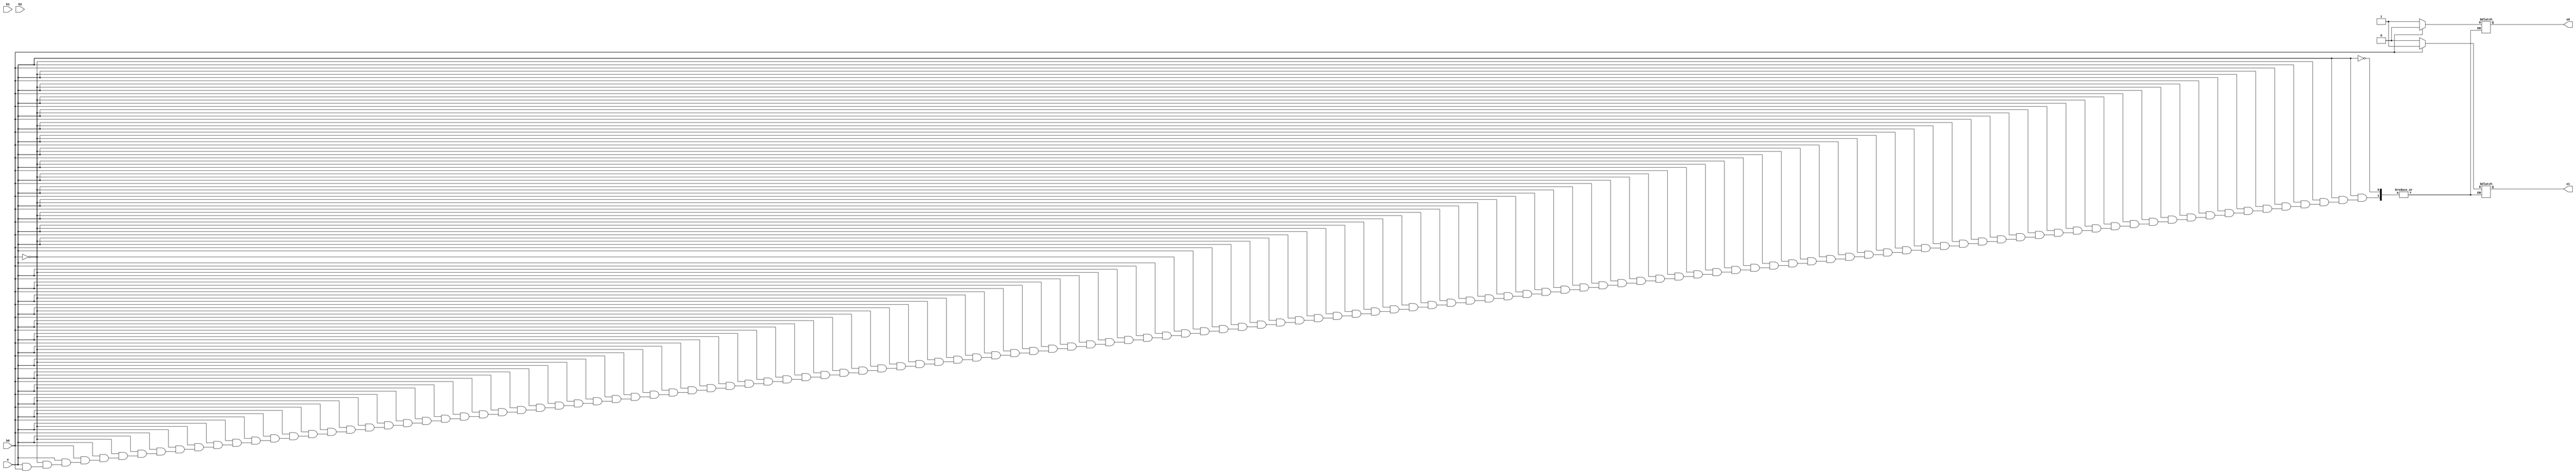
/*Aluno: Lucas Gomes dos Santos
  Turma 32
*/

module circuito(
    output reg x0,
    output reg x1,
    input b0,
    input [4:0] b1,
    input b2,
    input e
);
integer i;
always @ (*) begin
    if(e == 1)begin
        for(i = 0; i < 31; i = i + 1)begin
            if(b0 == 0)begin
                x1 = 0;
                x0 = 1;
                end
            if(b0 == 1)begin
                x1 = 1;
                x0 = 0;
                end
            end
    end
end
endmodule

module teste;
    wire x0;
    wire x1;
    reg b0 = 1;
    reg [4:0] b1; 
    reg b2 = 20;
    reg e = 0;

    initial begin 
		b1 = 5'b00000;
	end
    
    circuito u0 (.x0(x0), .x1(x1), .b0(b0), .b1(b1), .b2(b2), .e(e));

    always #10 e = ~e;

    initial begin   
        $monitor ("B0 =%0b B1 = %0d B2 = %0b E = %0b X0 = %0b X1 = %0b", b0, b1, b2, e, x0, x1);  
        repeat (2);   
        repeat (8);  
        $finish;
  end  
endmodule